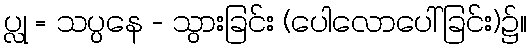
ပ္လု = သပ္ပနေ - သွားခြင်း (ပေါလောပေါ်ခြင်း)၌။